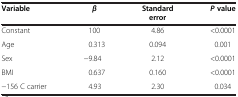
<table><thead><tr><td><b>Variable</b></td><td><b><i>β</i></b></td><td><b>Standard error</b></td><td><b><i>P</i>value</b></td></tr></thead><tbody><tr><td>Constant</td><td>100</td><td>4.86</td><td>&lt;0.0001</td></tr><tr><td>Age</td><td>0.313</td><td>0.094</td><td>0.001</td></tr><tr><td>Sex</td><td>−9.84</td><td>2.12</td><td>&lt;0.0001</td></tr><tr><td>BMI</td><td>0.637</td><td>0.160</td><td>&lt;0.0001</td></tr><tr><td>−156 C carrier</td><td>4.93</td><td>2.30</td><td>0.034</td></tr></tbody></table>